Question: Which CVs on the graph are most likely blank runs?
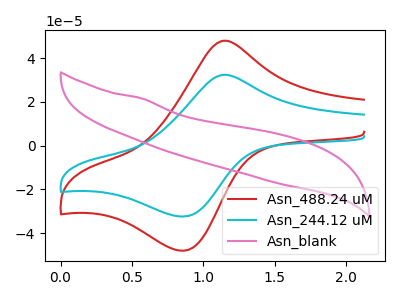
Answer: <think>The red curve "Asn_488.24 uM" has an anodic peak at (1.15V, 47.90uA) and a cathodic peak at (0.85V, -48.00uA). The cyan curve "Asn_244.12 uM" has an anodic peak at (1.15V, 32.35uA) and a cathodic peak at (0.85V, -32.40uA). The pink curve "Asn_blank" has no peaks.</think>
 <answer>"Asn_blank" is likely to be a blank.</answer>
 <eval>Asn_blank</eval>